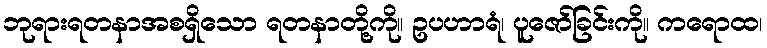
ဘုရားရတနာအစရှိသော ရတနာတို့ကို။ ဥပဟာရံ၊ ပူဇော်ခြင်းကို။ ကရောထ၊